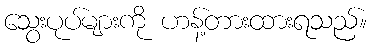
သွေးပုပ်များကို ဟန့်တားထားရသည်။